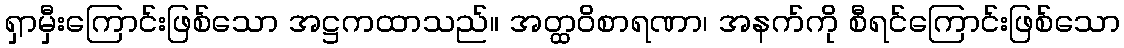
ရှာမှီးကြောင်းဖြစ်သော အဋ္ဌကထာသည်။ အတ္ထဝိစာရဏာ၊ အနက်ကို စီရင်ကြောင်းဖြစ်သော